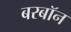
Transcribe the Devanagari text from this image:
बरबॉन